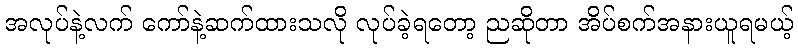
အလုပ်နဲ့လက် ကော်နဲ့ဆက်ထားသလို လုပ်ခဲ့ရတော့ ညဆိုတာ အိပ်စက်အနားယူရမယ့်